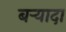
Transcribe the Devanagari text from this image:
बर्‍यादा